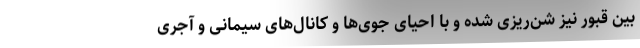
بین قبور نیز شن‌ریزی شده و با احیای جوی‌ها و کانال‌های سیمانی و آجری